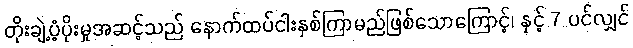
တိုးချဲ့ပံ့ပိုးမှုအဆင့်သည် နောက်ထပ်ငါးနှစ်ကြာမည်ဖြစ်သောကြောင့်၊ နှင့် 7 ပင်လျှင်